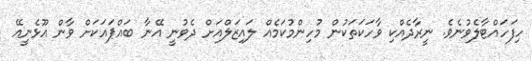
ހިފަހައްޓާލެވުނެވެ. ނީރާދެއްކި ވާހަކަތަކުން މުހިންމުކަމެއް ލައިޒަލްއަށް ދެވުނީ އޭނާ ބައްޕައަކަށް ވާން އޫޅެނީއޭ